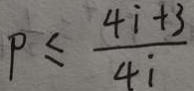
P \leq \frac { 4 i + 3 } { 4 i }